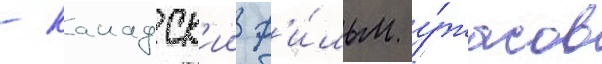
- канадск'ии ф'и́льм у́жасов